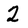
Character: 2